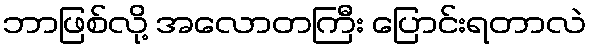
ဘာဖြစ်လို့ အလောတကြီး ပြောင်းရတာလဲ